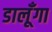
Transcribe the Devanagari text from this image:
डालूँगा